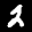
Label: 2